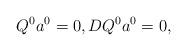
LaTeX: \begin{align*} Q^0 a^0 = 0, DQ^0 a^0 = 0, \end{align*}